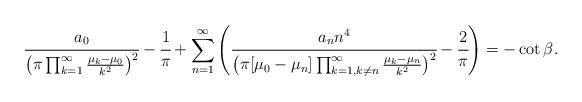
LaTeX: \begin{align*} \cfrac{a_0}{\big(\pi \prod_{k=1}^\infty \frac{\mu_k - \mu_0}{k^2}\big)^2}-\cfrac{1}{\pi} + \sum_{n=1}^\infty \left(\cfrac{a_n n^4}{\big( \pi[\mu_0-\mu_n] \prod_{k=1, k \neq n}^\infty \frac{\mu_k - \mu_n}{k^2}\big)^2} - \cfrac{2}{\pi}\right)=-\cot\beta.\end{align*}